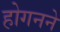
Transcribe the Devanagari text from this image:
होगनने